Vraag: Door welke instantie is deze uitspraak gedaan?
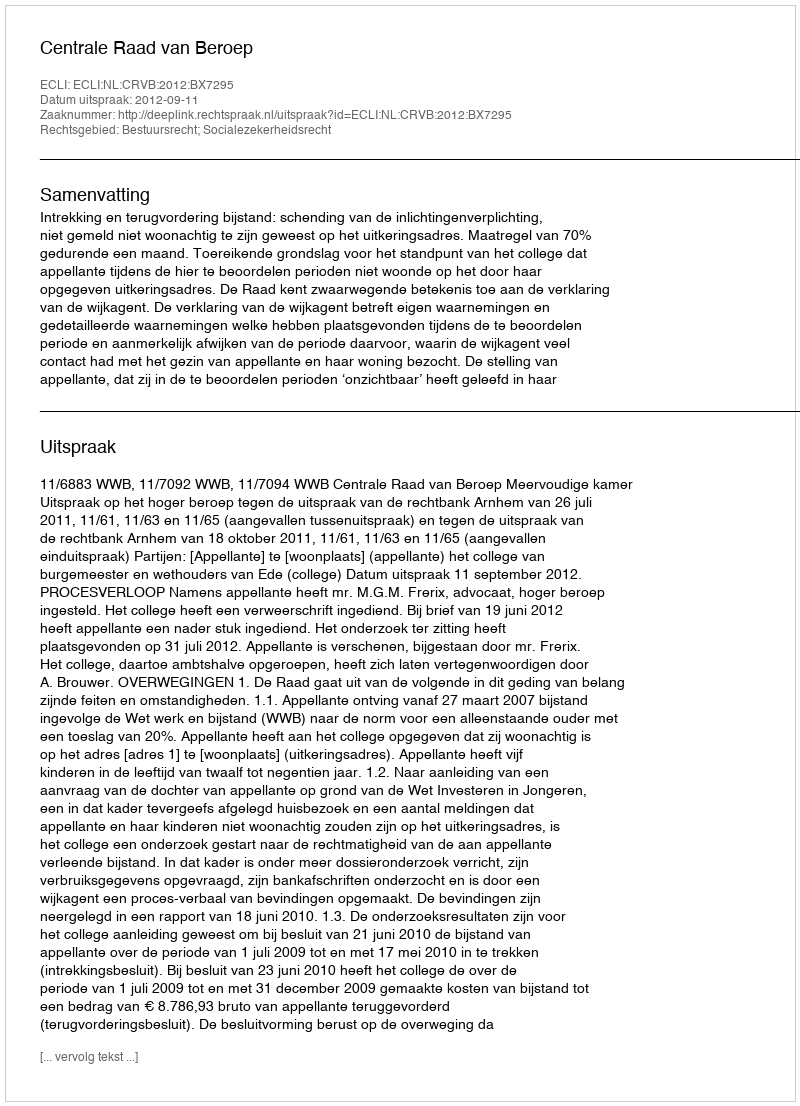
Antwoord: Centrale Raad van Beroep